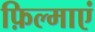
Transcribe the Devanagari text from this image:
फ़िल्माएं